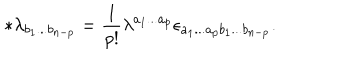
\ast \lambda _ { b _ { 1 } . . . b _ { n - p } } = \frac 1 { p ! } \lambda ^ { a _ { 1 } . . . a _ { p } } \epsilon _ { a _ { 1 } . . . a _ { p } b _ { 1 } . . . b _ { n - p } } .